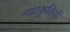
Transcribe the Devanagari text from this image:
नग्नाकृतियों